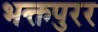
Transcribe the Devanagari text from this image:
भक्तपुरर